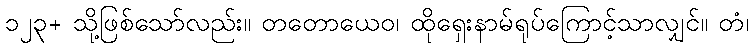
၁၂၃+ သို့ဖြစ်သော်လည်း။ တတောယေဝ၊ ထိုရှေးနာမ်ရုပ်ကြောင့်သာလျှင်။ တံ၊